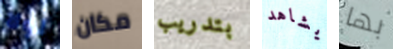
لولا مكان بتدريب يشاهد بها